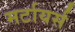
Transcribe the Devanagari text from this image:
मर्टायर्स